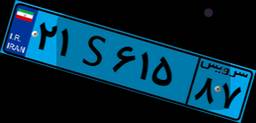
۲۱S۶۱۵۸۷